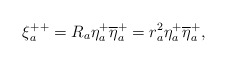
\begin{align*}\xi_a^{++}= R_a\eta^+_a \overline{\eta}^+_a=r_a^2\eta^+_a \overline{\eta}^+_a,\end{align*}